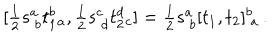
[ \textstyle { \frac { 1 } { 2 } } s _ { ~ b } ^ { a } t _ { 1 } ^ { b } { } _ { a } , \textstyle { \frac { 1 } { 2 } } s _ { ~ d } ^ { c } t _ { 2 } ^ { d } { } _ { c } ] = \textstyle { \frac { 1 } { 2 } } s _ { ~ b } ^ { a } [ t _ { 1 } , t _ { 2 } ] _ { ~ a } ^ { b } \, .